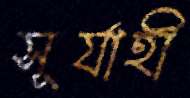
সূর্যাহী